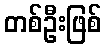
တစ်ဦးဖြစ်